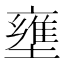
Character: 壅